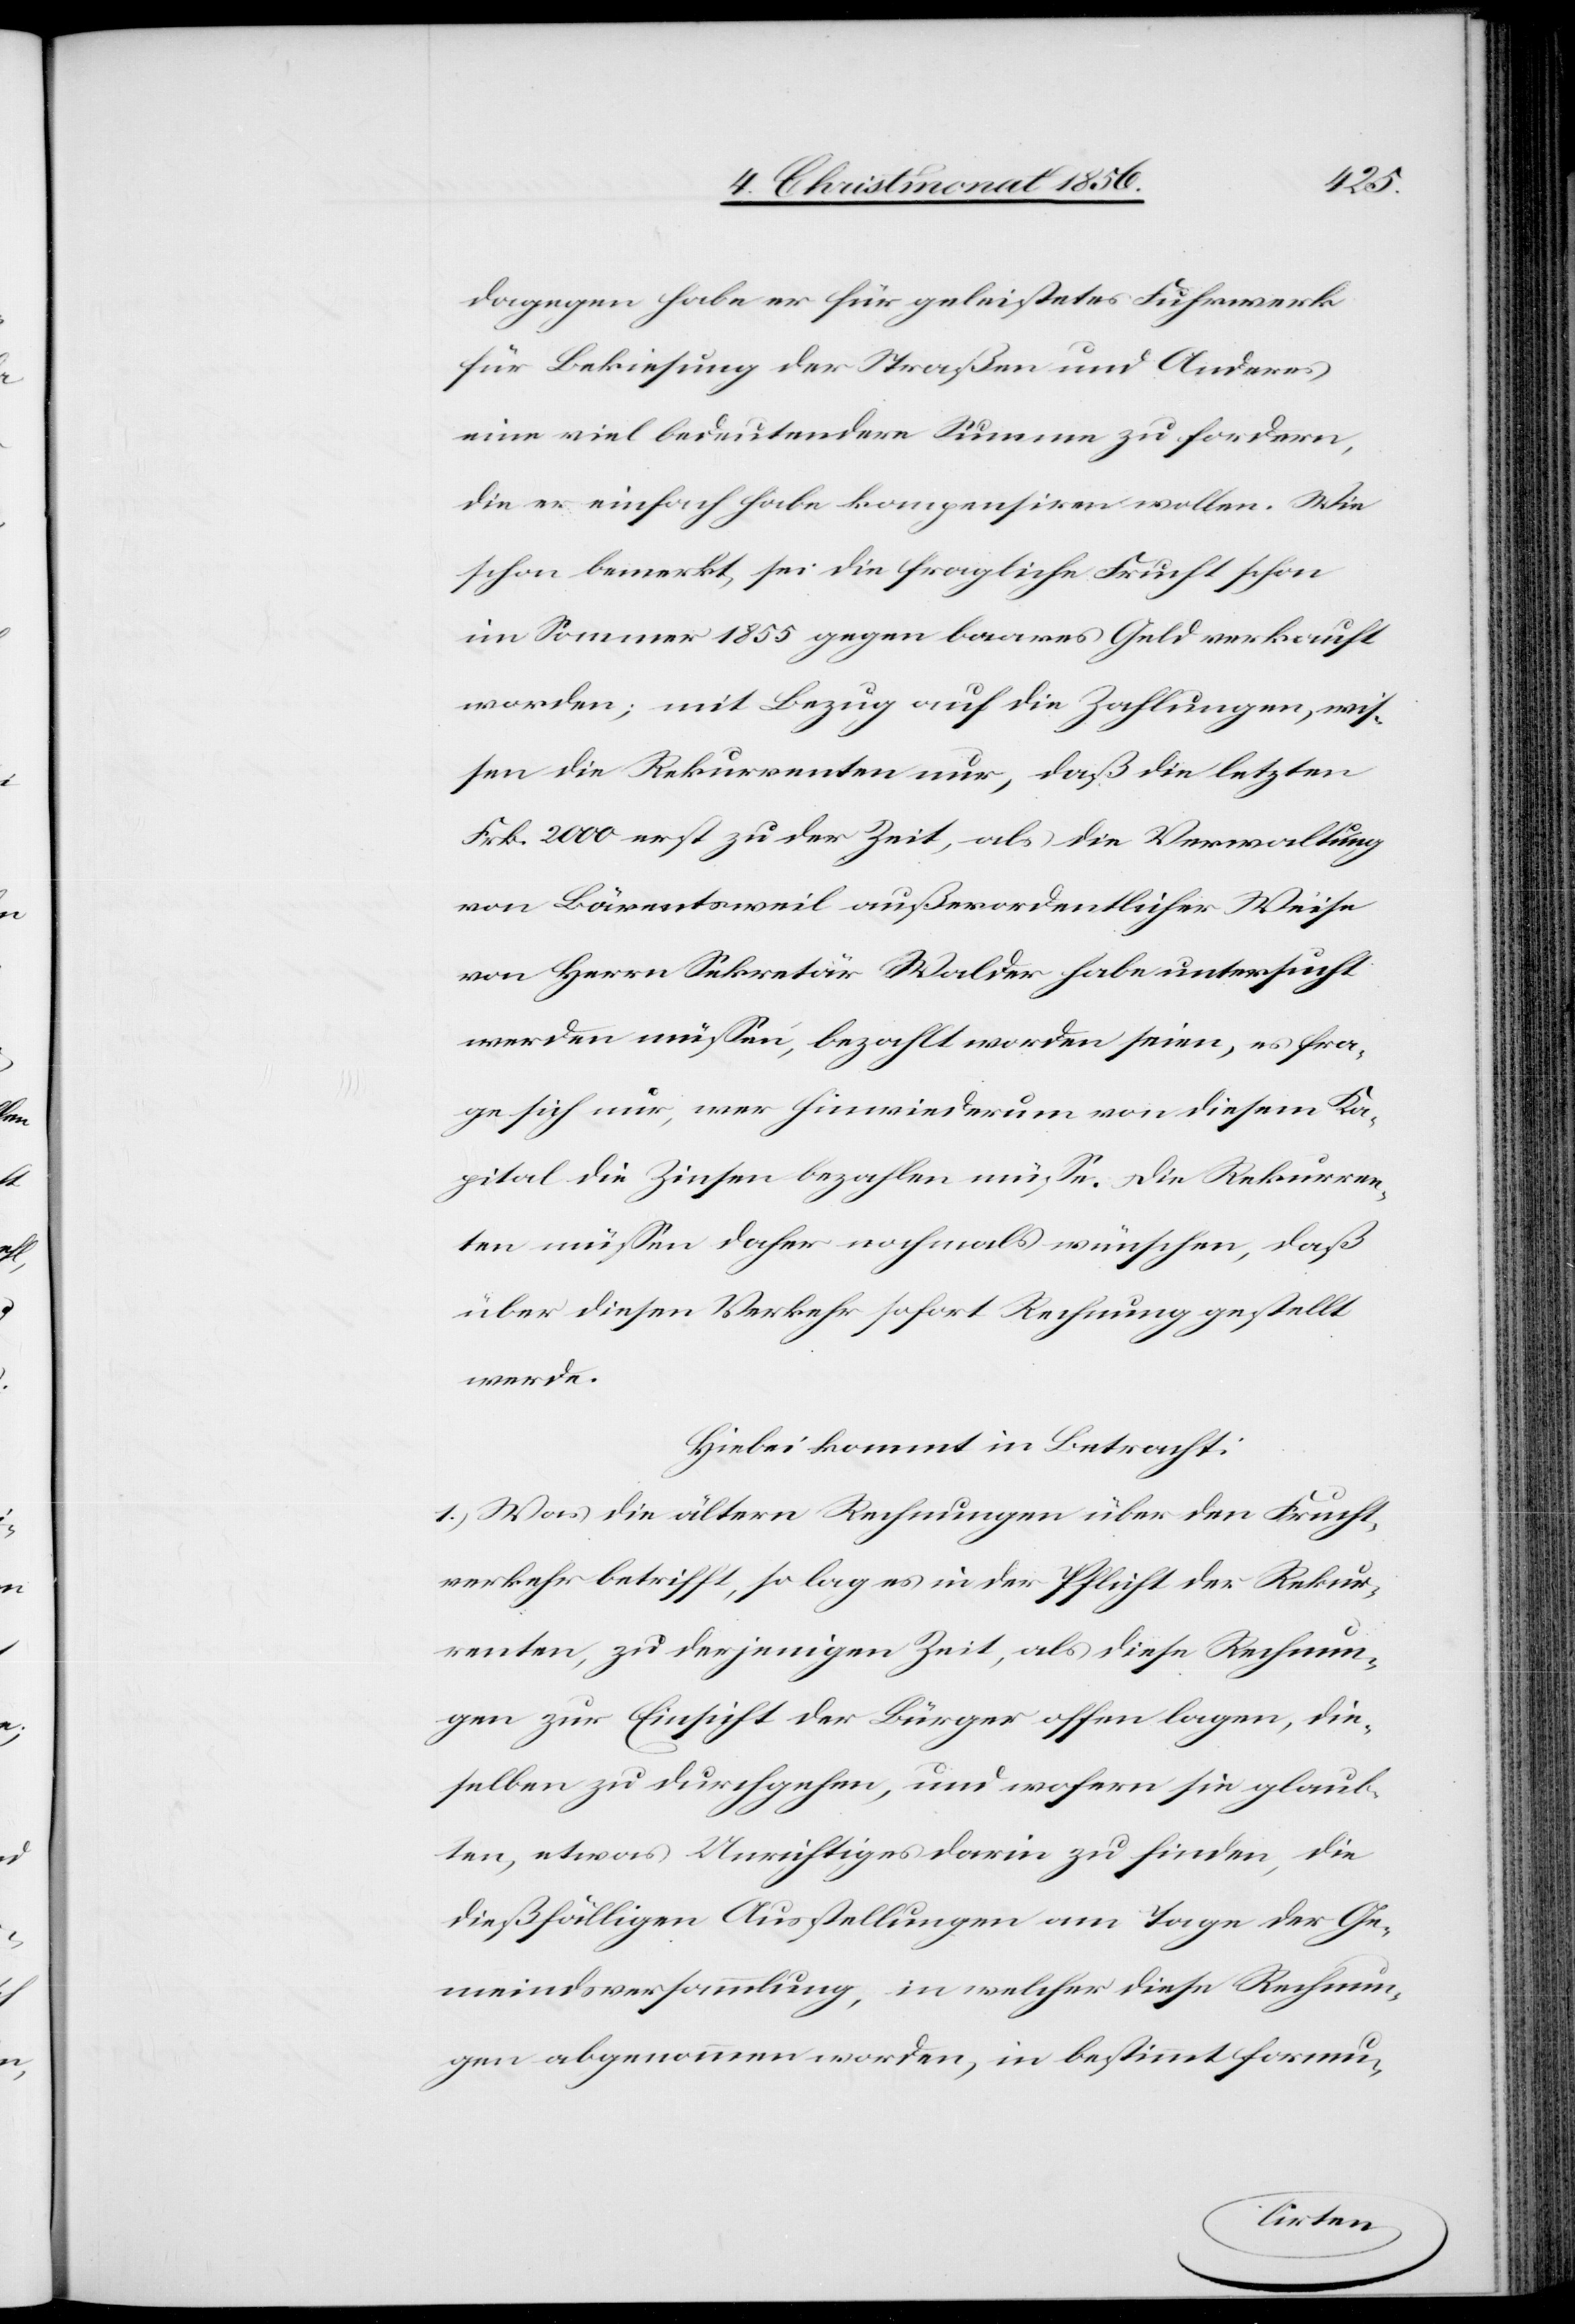
dagegen habe er für geleistetes Fuhrwerk
für Bekiesung der Straßen und Anderes
eine viel bedeutendere Summe zu fordern,
die er einfach habe kompensiren wollen. Wie
schon bemerkt, sei die fragliche Frucht schon
im Sommer 1855 gegen baares Geld verkauft
worden; mit Bezug auf die Zahlungen, wis¬
sen die Rekurrenten nur, daß die letzten
Frk. 2000 erst zu der Zeit, als die Verwaltung
von Bärentsweil außerordentlicher Weise
von Herrn Sekretär Walder habe untersucht
werden müssen, bezahlt worden seien, es fra¬
ge sich nur, wer hinwiederum von diesem Ka¬
pital die Zinsen bezahlen müsse. Die Rekurren¬
ten müssen daher nochmals wünschen, daß
über diesen Verkehr sofort Rechnung gestellt
werde.
Hiebei kommt in Betracht:
1.) Was die ältern Rechnungen über den Frucht¬
verkehr betrifft, so lag es in der Pflicht der Rekur¬
renten, zu derjenigen Zeit, als diese Rechnun¬
gen zur Einsicht der Bürger offen lagen, die¬
selben zu durchgehen, und wofern sie glaub¬
ten, etwas Unrichtiges darin zu finden, die
dießfälligen Ausstellungen am Tage der Ge¬
meindsversammlung, in welcher diese Rechnun¬
gen abgenommen worden, in bestimmt formu-